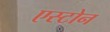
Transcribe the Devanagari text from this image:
एस्टोन